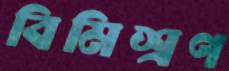
বিমিশ্রণ